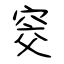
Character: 窔